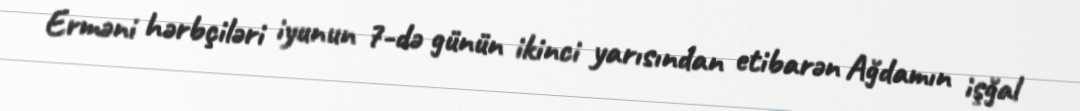
Erməni hərbçiləri iyunun 7-də günün ikinci yarısından etibarən Ağdamın işğal